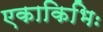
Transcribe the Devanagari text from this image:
एकाकिभिः